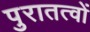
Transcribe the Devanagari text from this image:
पुरातत्वों